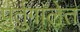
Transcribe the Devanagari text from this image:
पुर्तुगालेत